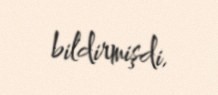
bildirmişdi.